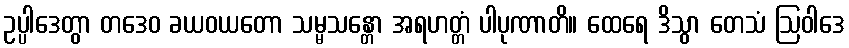
ဥပ္ပါဒေတွာ တဒေဝ ခယဝယတော သမ္မသန္တော အရဟတ္တံ ပါပုဏာတိ။ ထေရေ ဒိသွာ တေသံ ဩဝါဒေ